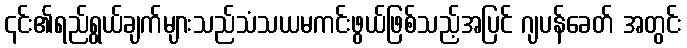
၎င်း၏ရည်ရွယ်ချက်များသည်သံသယမကင်းဖွယ်ဖြစ်သည့်အပြင် ဂျပန်ခေတ် အတွင်း